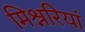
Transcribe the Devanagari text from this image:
मिश्नरियां